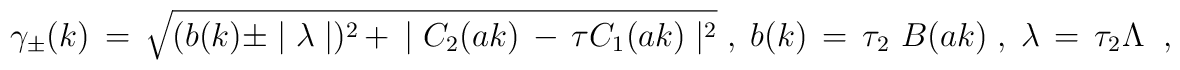
\gamma_{\pm} (k) \,=\, \sqrt{ (b(k) \pm \mid \lambda \mid)^2 \,+\,\mid   C_2 (a k) \,- \, \tau C_1(a k) \mid^2 } \;,\;b(k) \,=\, \tau_2 \,\, B ( a k) \; , \;\lambda \,=\, \tau_2 \Lambda \;\;,